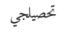
تحصيلجي